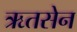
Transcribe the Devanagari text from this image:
ऋतसेन